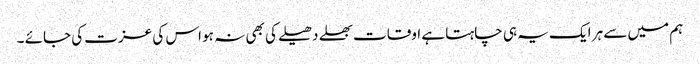
ہم میں سے ہر ایک یہ ہی چاہتا ہے اوقات بھلے دھیلے کی بھی نہ ہو اس کی عزت کی جائے ۔